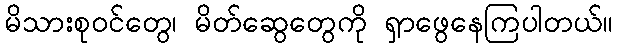
မိသားစုဝင်တွေ၊ မိတ်ဆွေတွေကို ရှာဖွေနေကြပါတယ်။